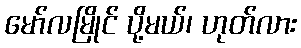
မော်လမြိုင် ပို့မယ်၊ ဟုတ်လား